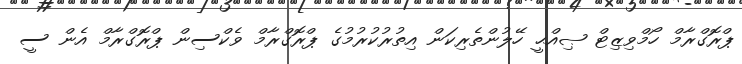
ޕްރޮގްރާމް ހޯމްވިޒިޓް ޞިއްޙީ ހޭލުންތެރިކަން އިތުރުކުރުމުގެ ޕްރޮގްރާމް ވެކްސިން ޕްރޮގްރާމް އެން ސީ